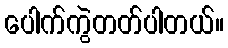
ပေါက်ကွဲတတ်ပါတယ်။